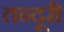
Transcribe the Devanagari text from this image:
तन्दूरी